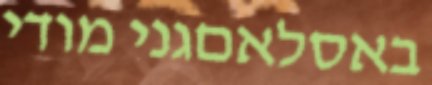
באסלאםגני מודי